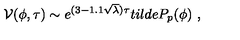
{ \cal V } ( \phi , \tau ) \sim e ^ { ( 3 - 1 . 1 \sqrt \lambda ) \tau } t i l d e P _ { p } ( \phi ) \ ,